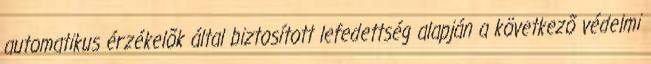
automatikus érzékelõk által biztosított lefedettség alapján a következõ védelmi